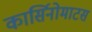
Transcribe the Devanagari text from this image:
कार्सिनोमाटस